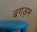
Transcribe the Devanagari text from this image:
बगड़म